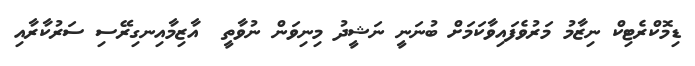
ޑިމޮކްރެޓިކް ނިޒާމު މަރުވެފައިވާކަމަށް ބުނަނީ ނަޝީދު މިނިވަން ނުވާތީ  އާޒިމާއިނގިރޭސި ސަރުކާރާއި